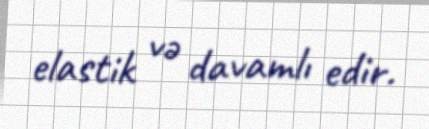
elastik və davamlı edir.